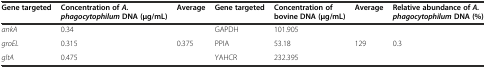
<table><thead><tr><td><b>Gene targeted</b></td><td><b>Concentration of<i>A. phagocytophilum</i>DNA (μg/mL)</b></td><td><b>Average</b></td><td><b>Gene targeted</b></td><td><b>Concentration of bovine DNA (μg/mL)</b></td><td><b>Average</b></td><td><b>Relative abundance of<i>A. phagocytophilum</i>DNA (%)</b></td></tr></thead><tbody><tr><td><i>ankA</i></td><td>0.34</td><td></td><td>GAPDH</td><td>101.905</td><td></td><td></td></tr><tr><td><i>groEL</i></td><td>0.315</td><td>0.375</td><td>PPIA</td><td>53.18</td><td>129</td><td>0.3</td></tr><tr><td><i>gltA</i></td><td>0.475</td><td></td><td>YAHCR</td><td>232.395</td><td></td><td></td></tr></tbody></table>